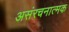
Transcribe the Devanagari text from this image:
असंरचनात्मक